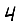
Digit: 4